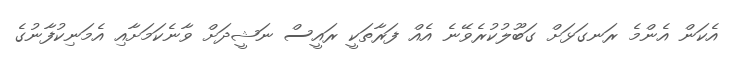
އެކަން އެންމެ ރަނގަޅަށް ގަބޫލުކުރެވޭނެ އެއް ފަރާތަކީ ރައީސް ނަޝީދަށް ވާނެކަމަށާއި އެމަނިކުފާނުގެ